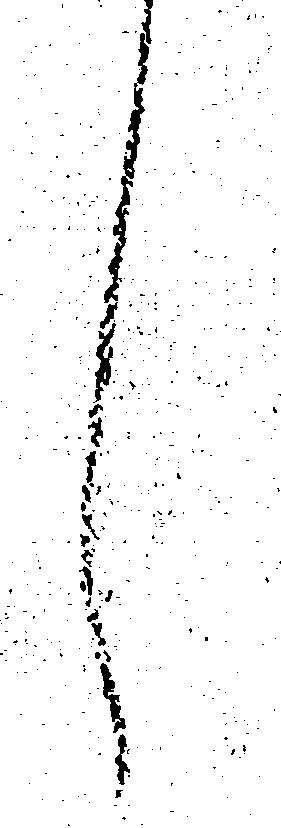
し